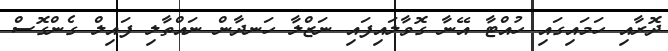
ދޮރާއި ހަމައިގައި ހުއްޓާ އޭނާ ގޮވާލައިފައި ނަޒްލާ ހަނދާން ނައްތާލި ފައިލް ގެންގޮސް